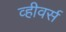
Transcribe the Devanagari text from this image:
व्हीवर्स